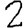
Digit: 2